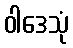
ဝါဒေသုံ